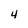
Character: 4